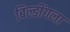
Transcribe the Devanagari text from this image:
बिल्डींगला